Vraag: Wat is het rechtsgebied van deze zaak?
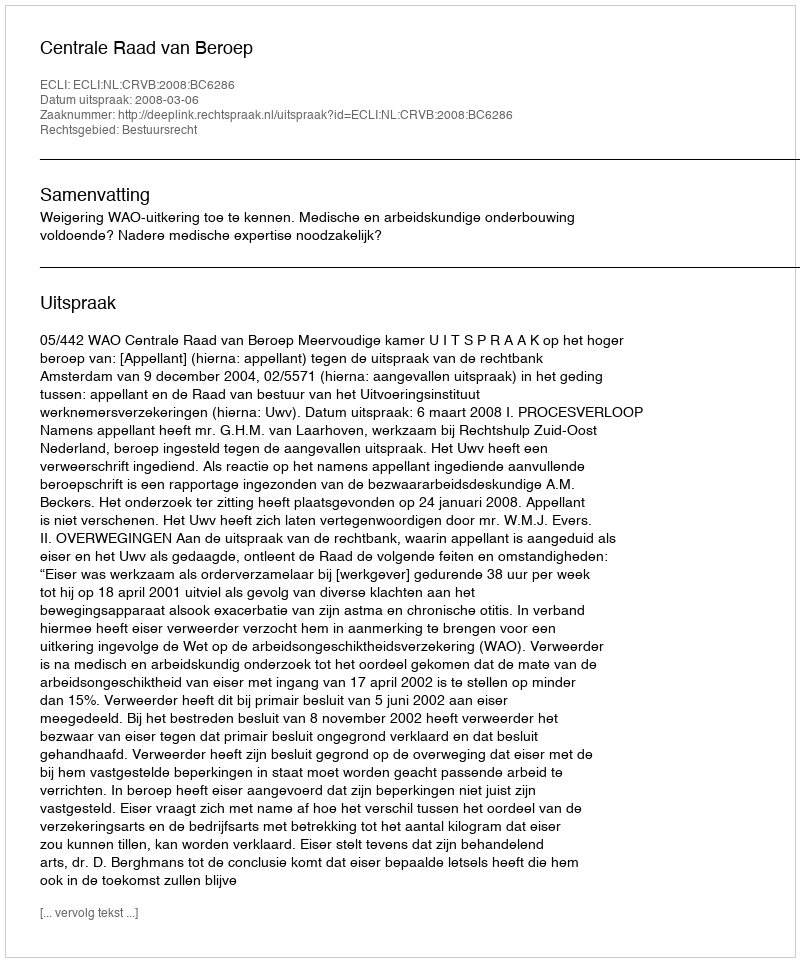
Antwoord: Bestuursrecht